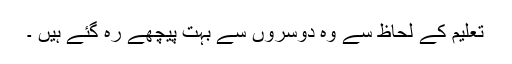
تعلیم کے لحاظ سے وہ دوسروں سے بہت پیچھے رہ گئے ہیں ۔